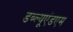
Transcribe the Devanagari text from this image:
डब्ल्यूएंडएम